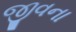
જીવના